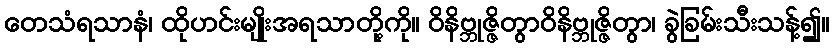
တေသံရသာနံ၊ ထိုဟင်းမျိုးအရသာတို့ကို။ ဝိနိဗ္ဘုဇ္ဇိတွာဝိနိဗ္ဘုဇ္ဇိတွာ၊ ခွဲခြမ်းသီးသန့်၍။